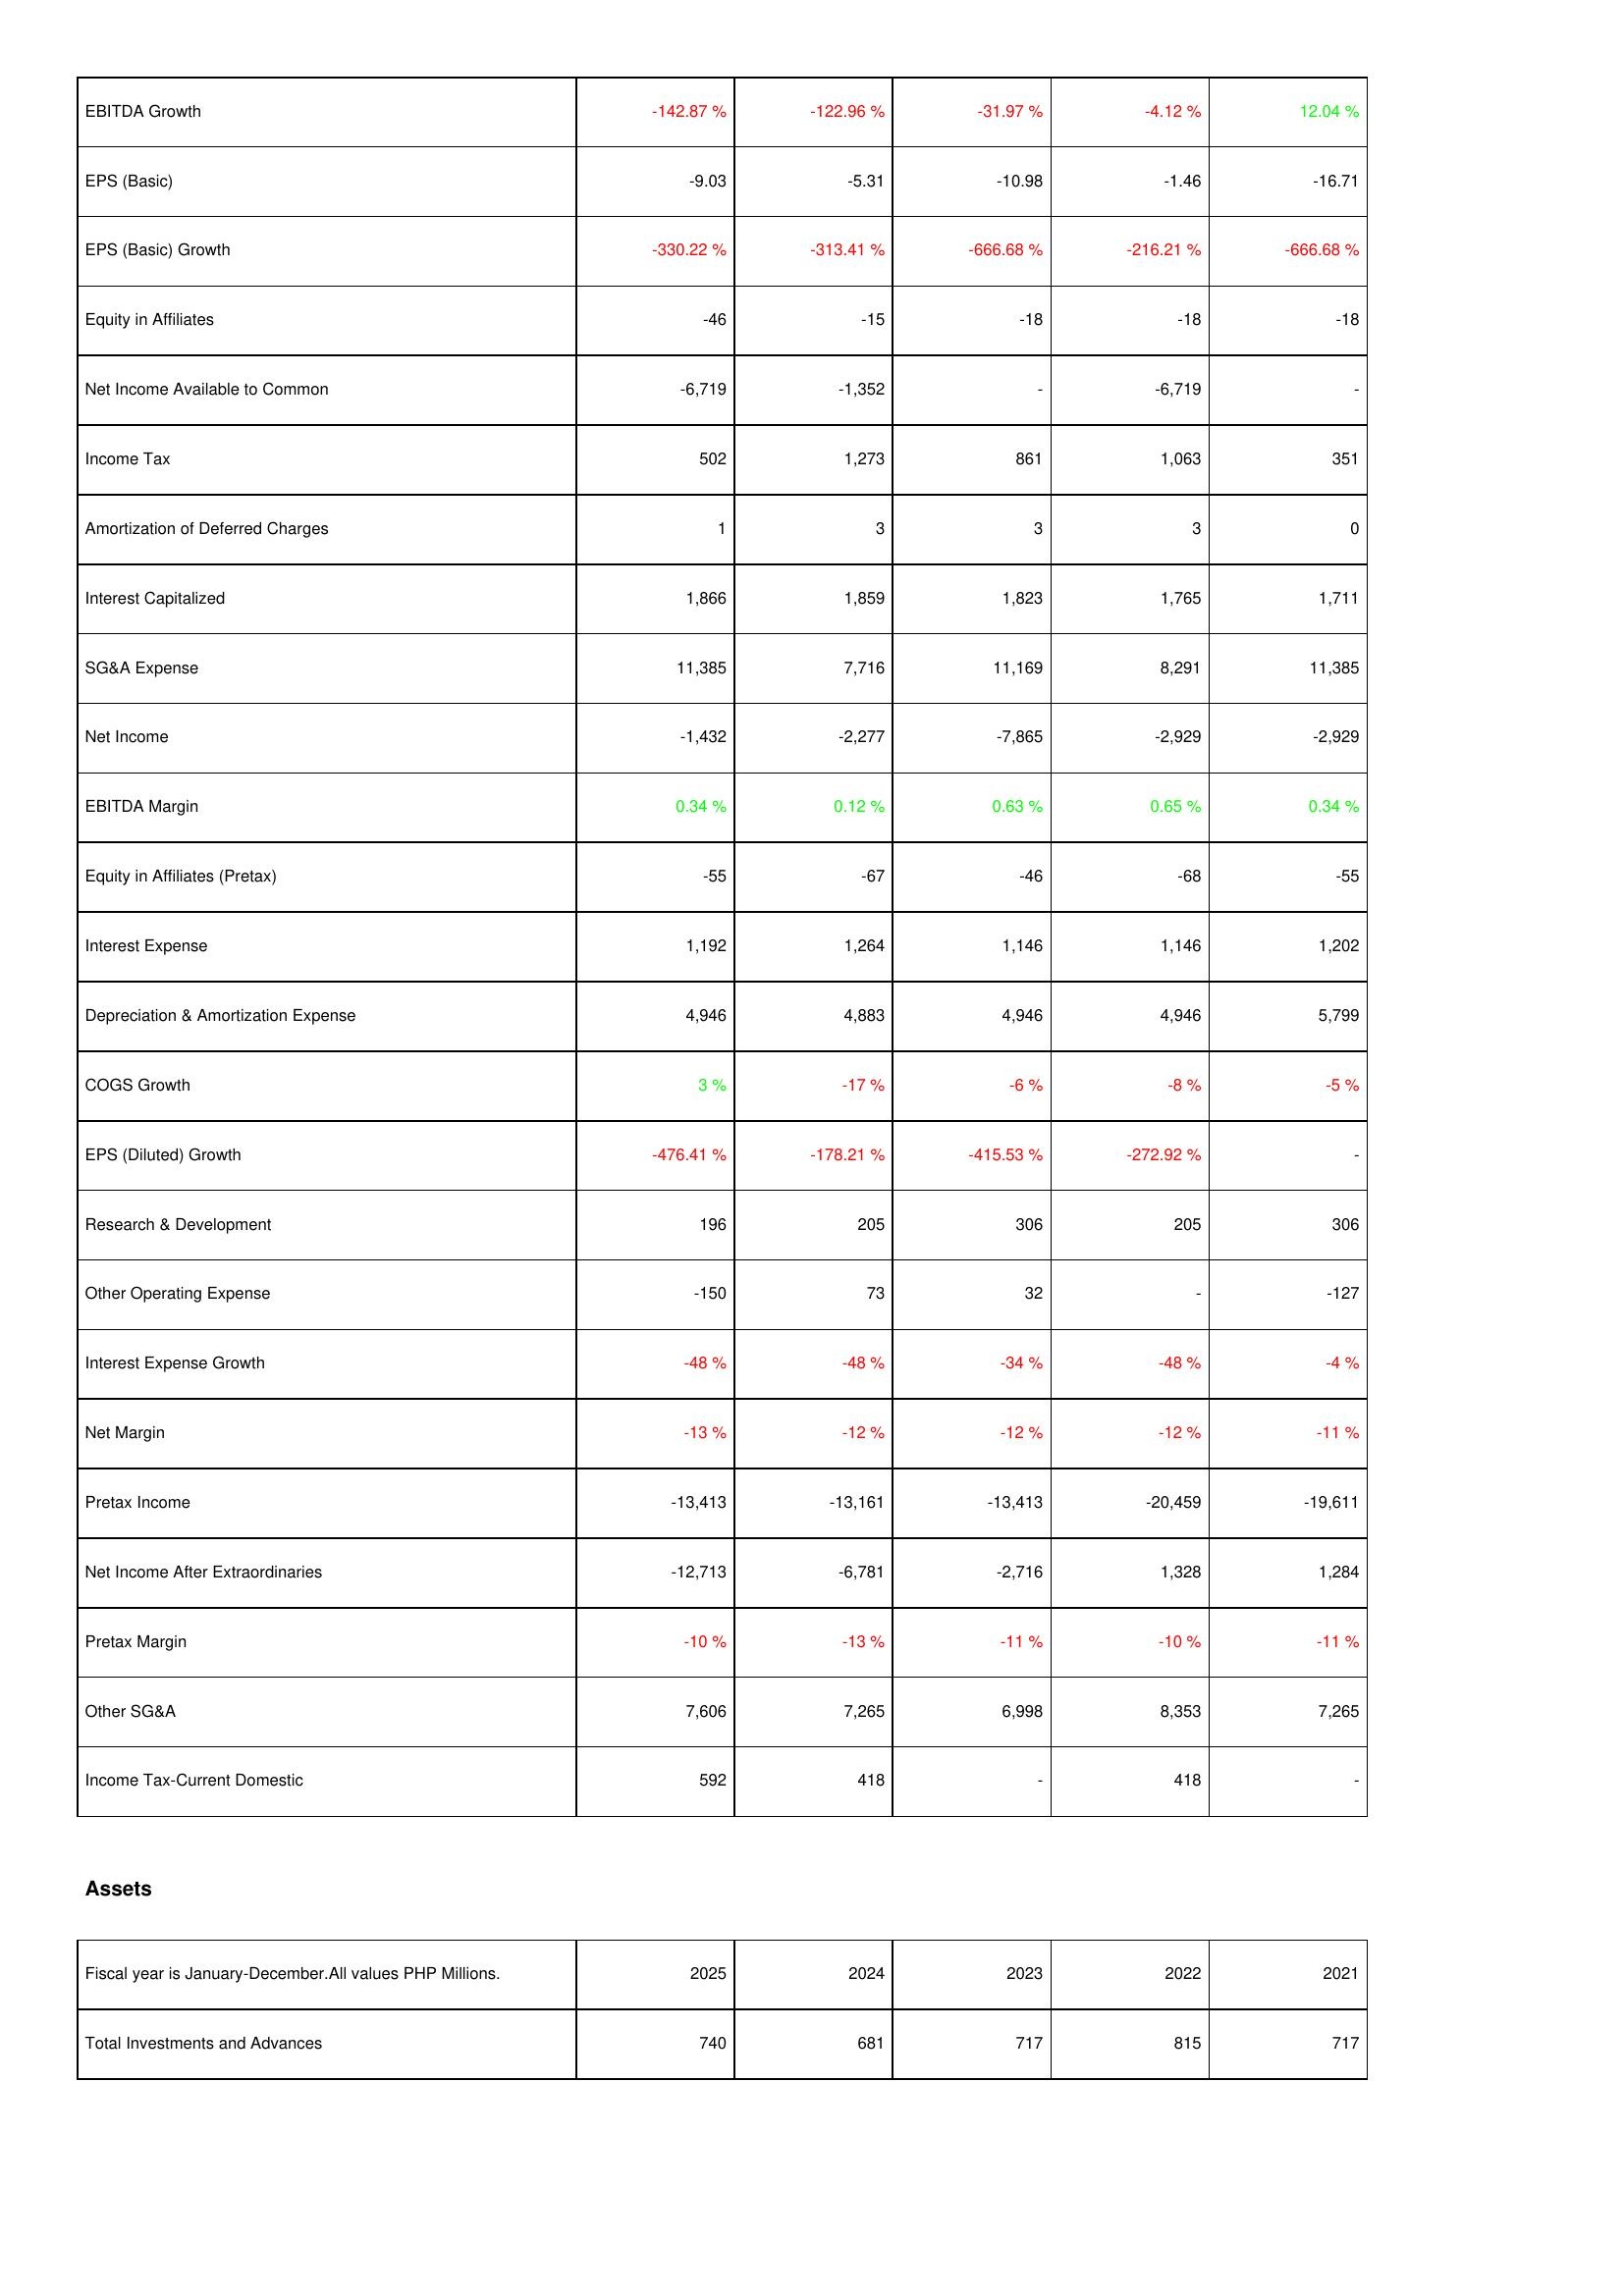
2025: Income Statement: EBITDA Growth: -142.87 %
EPS (Basic): -9.03
EPS (Basic) Growth: -330.22 %
Equity in Affiliates: -46
Net Income Available to Common: -6,719
Income Tax: 502
Amortization of Deferred Charges: 1
Interest Capitalized: 1,866
SG&A Expense: 11,385
Net Income: -1,432
EBITDA Margin: 0.34 %
Equity in Affiliates (Pretax): -55
Interest Expense: 1,192
Depreciation & Amortization Expense: 4,946
COGS Growth: 3 %
EPS (Diluted) Growth: -476.41 %
Research & Development: 196
Other Operating Expense: -150
Interest Expense Growth: -48 %
Net Margin: -13 %
Pretax Income: -13,413
Net Income After Extraordinaries: -12,713
Pretax Margin: -10 %
Other SG&A: 7,606
Income Tax-Current Domestic: 592
Assets: Total Investments and Advances: 740
2024: Income Statement: EBITDA Growth: -122.96 %
EPS (Basic): -5.31
EPS (Basic) Growth: -313.41 %
Equity in Affiliates: -15
Net Income Available to Common: -1,352
Income Tax: 1,273
Amortization of Deferred Charges: 3
Interest Capitalized: 1,859
SG&A Expense: 7,716
Net Income: -2,277
EBITDA Margin: 0.12 %
Equity in Affiliates (Pretax): -67
Interest Expense: 1,264
Depreciation & Amortization Expense: 4,883
COGS Growth: -17 %
EPS (Diluted) Growth: -178.21 %
Research & Development: 205
Other Operating Expense: 73
Interest Expense Growth: -48 %
Net Margin: -12 %
Pretax Income: -13,161
Net Income After Extraordinaries: -6,781
Pretax Margin: -13 %
Other SG&A: 7,265
Income Tax-Current Domestic: 418
Assets: Total Investments and Advances: 681
2023: Income Statement: EBITDA Growth: -31.97 %
EPS (Basic): -10.98
EPS (Basic) Growth: -666.68 %
Equity in Affiliates: -18
Net Income Available to Common: -
Income Tax: 861
Amortization of Deferred Charges: 3
Interest Capitalized: 1,823
SG&A Expense: 11,169
Net Income: -7,865
EBITDA Margin: 0.63 %
Equity in Affiliates (Pretax): -46
Interest Expense: 1,146
Depreciation & Amortization Expense: 4,946
COGS Growth: -6 %
EPS (Diluted) Growth: -415.53 %
Research & Development: 306
Other Operating Expense: 32
Interest Expense Growth: -34 %
Net Margin: -12 %
Pretax Income: -13,413
Net Income After Extraordinaries: -2,716
Pretax Margin: -11 %
Other SG&A: 6,998
Income Tax-Current Domestic: -
Assets: Total Investments and Advances: 717
2022: Income Statement: EBITDA Growth: -4.12 %
EPS (Basic): -1.46
EPS (Basic) Growth: -216.21 %
Equity in Affiliates: -18
Net Income Available to Common: -6,719
Income Tax: 1,063
Amortization of Deferred Charges: 3
Interest Capitalized: 1,765
SG&A Expense: 8,291
Net Income: -2,929
EBITDA Margin: 0.65 %
Equity in Affiliates (Pretax): -68
Interest Expense: 1,146
Depreciation & Amortization Expense: 4,946
COGS Growth: -8 %
EPS (Diluted) Growth: -272.92 %
Research & Development: 205
Other Operating Expense: -
Interest Expense Growth: -48 %
Net Margin: -12 %
Pretax Income: -20,459
Net Income After Extraordinaries: 1,328
Pretax Margin: -10 %
Other SG&A: 8,353
Income Tax-Current Domestic: 418
Assets: Total Investments and Advances: 815
2021: Income Statement: EBITDA Growth: 12.04 %
EPS (Basic): -16.71
EPS (Basic) Growth: -666.68 %
Equity in Affiliates: -18
Net Income Available to Common: -
Income Tax: 351
Amortization of Deferred Charges: 0
Interest Capitalized: 1,711
SG&A Expense: 11,385
Net Income: -2,929
EBITDA Margin: 0.34 %
Equity in Affiliates (Pretax): -55
Interest Expense: 1,202
Depreciation & Amortization Expense: 5,799
COGS Growth: -5 %
EPS (Diluted) Growth: -
Research & Development: 306
Other Operating Expense: -127
Interest Expense Growth: -4 %
Net Margin: -11 %
Pretax Income: -19,611
Net Income After Extraordinaries: 1,284
Pretax Margin: -11 %
Other SG&A: 7,265
Income Tax-Current Domestic: -
Assets: Total Investments and Advances: 717